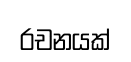
රචනයක්